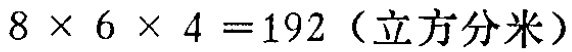
\(8\times6\times4 = 192 \text{（立方分米）}\)